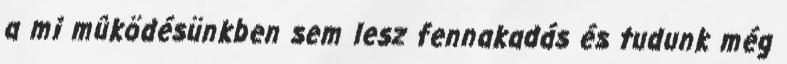
a mi mûködésünkben sem lesz fennakadás és tudunk még